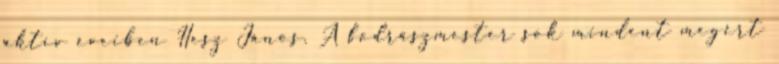
aktív éveiben Hesz János. A fodrászmester sok mindent megért